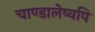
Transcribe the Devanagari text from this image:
चाण्डालेष्वपि